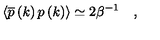
\left\langle \overline { { p } } \left( k \right) p \left( k \right) \right\rangle \simeq 2 \beta ^ { - 1 } \quad ,